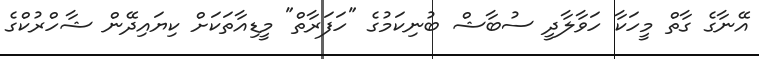
އޭނާގެ ގާތް މީހަކާ ހަވާލާދީ ސުބާޝް ބުނިކަމުގެ "ހަފަރާތް" މީޑިއާތަކަށް ކިޔައިދޭން ޝާހްރުކްގެ